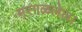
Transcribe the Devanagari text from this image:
मरगळलेला